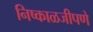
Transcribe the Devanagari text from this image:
निष्काळजीपणे